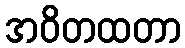
အဝိတထတာ